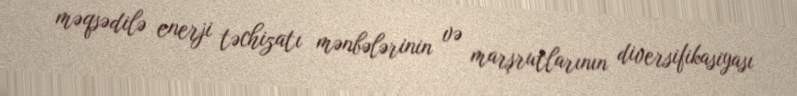
məqsədilə enerji təchizatı mənbələrinin və marşrutlarının diversifikasiyası